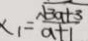
x _ { 1 } = \frac { \sqrt { 3 a + 3 } } { a + 1 }